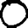
Digit: 0